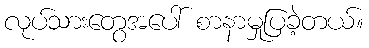
လုပ်သားတွေအပေါ် စာနာမှုပြခဲ့တယ်။